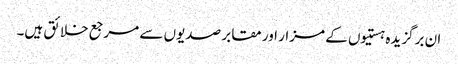
ان برگزیدہ ہستیوں کے مزار اور مقابر صدیوں سے مرجع خلائق ہیں۔